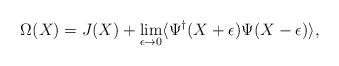
LaTeX: \begin{align*}\Omega(X)=J(X)+\lim_{\epsilon\rightarrow 0}\langle\Psi^{\dagger}(X+\epsilon)\Psi(X-\epsilon)\rangle,\end{align*}